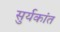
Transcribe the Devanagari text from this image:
सुर्यकांत